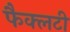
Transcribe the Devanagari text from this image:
फैक्‍लटी